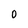
Character: 0